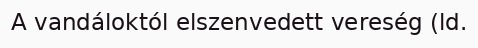
A vandáloktól elszenvedett vereség (ld.